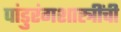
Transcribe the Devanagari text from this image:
पांडुरंगशास्त्रींची